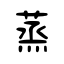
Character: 蒸